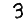
Digit: 3